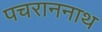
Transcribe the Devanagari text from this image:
पचराननाथ